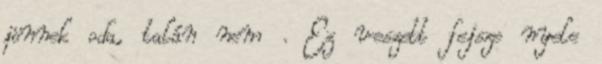
jönnek oda, talán nem . Ez veszett fejsze nyele